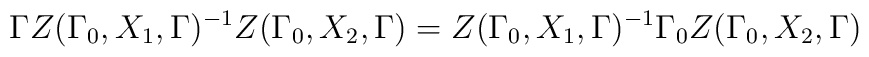
\Gamma Z(\Gamma _{0},X_{1},\Gamma )^{-1}Z(\Gamma _{0},X_{2},\Gamma)=Z(\Gamma _{0},X_{1},\Gamma )^{-1}\Gamma _{0}Z(\Gamma _{0},X_{2},\Gamma )